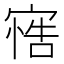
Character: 𭔋